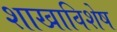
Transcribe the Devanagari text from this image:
शाखाविशेष